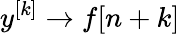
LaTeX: y^{[k]}\to f[n+k]